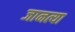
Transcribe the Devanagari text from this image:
जानत्या